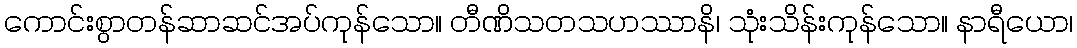
ကောင်းစွာတန်ဆာဆင်အပ်ကုန်သော။ တီဏိသတသဟဿာနိ၊ သုံးသိန်းကုန်သော။ နာရီယော၊